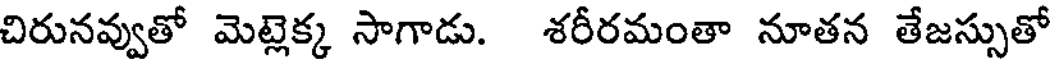
చిరునవ్వుతో మెట్లెక్క సాగాడు. శరీరమంతా నూతన తేజస్సుతో